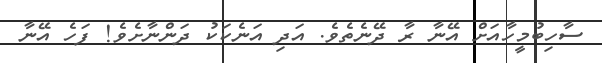
ސާހިބުމީހާއަށް އޭނާ ރާ ދޭނެތެވެ. އަދި އަނެކަކު ދަންނާށެވެ! ފަހެ އޭނާ